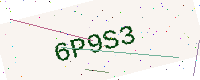
Text: 6P9S3